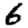
Digit: 6